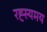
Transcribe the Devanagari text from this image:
रह्स्यमय